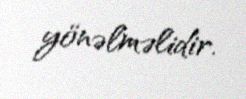
yönəlməlidir.